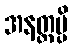
အနတ္ထမ္ပိ